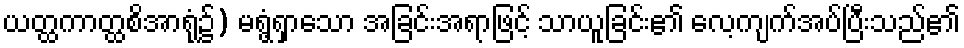
ယတ္ထကာတ္ထစိအာရုံ၌) မရွံ့ရှာသော အခြင်းအရာဖြင့် သာယူခြင်း၏ လေ့ကျက်အပ်ပြီးသည်၏